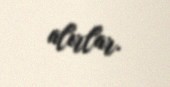
alırlar.